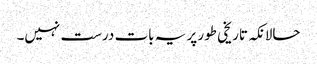
حالانکہ تاریخی طور پر یہ بات درست نہیں۔